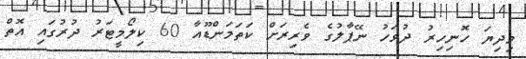
މިދިޔަ ހޮނިހިރު ދުވަހު ނޭޕާލުގެ ވެރިރަށް ކަތަމަންޑޫއާ 60 ކިލޯމީޓަރު ދުރުގައި އޮތް